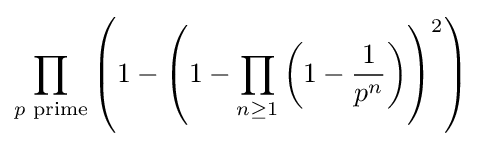
\prod _{p{\text{ prime}}}{\left(1-\left(1-\prod _{n\geq 1}\left(1-{\frac {1}{p^{n}}}\right)\right)^{2}\right)}\!